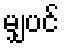
မျှပင်